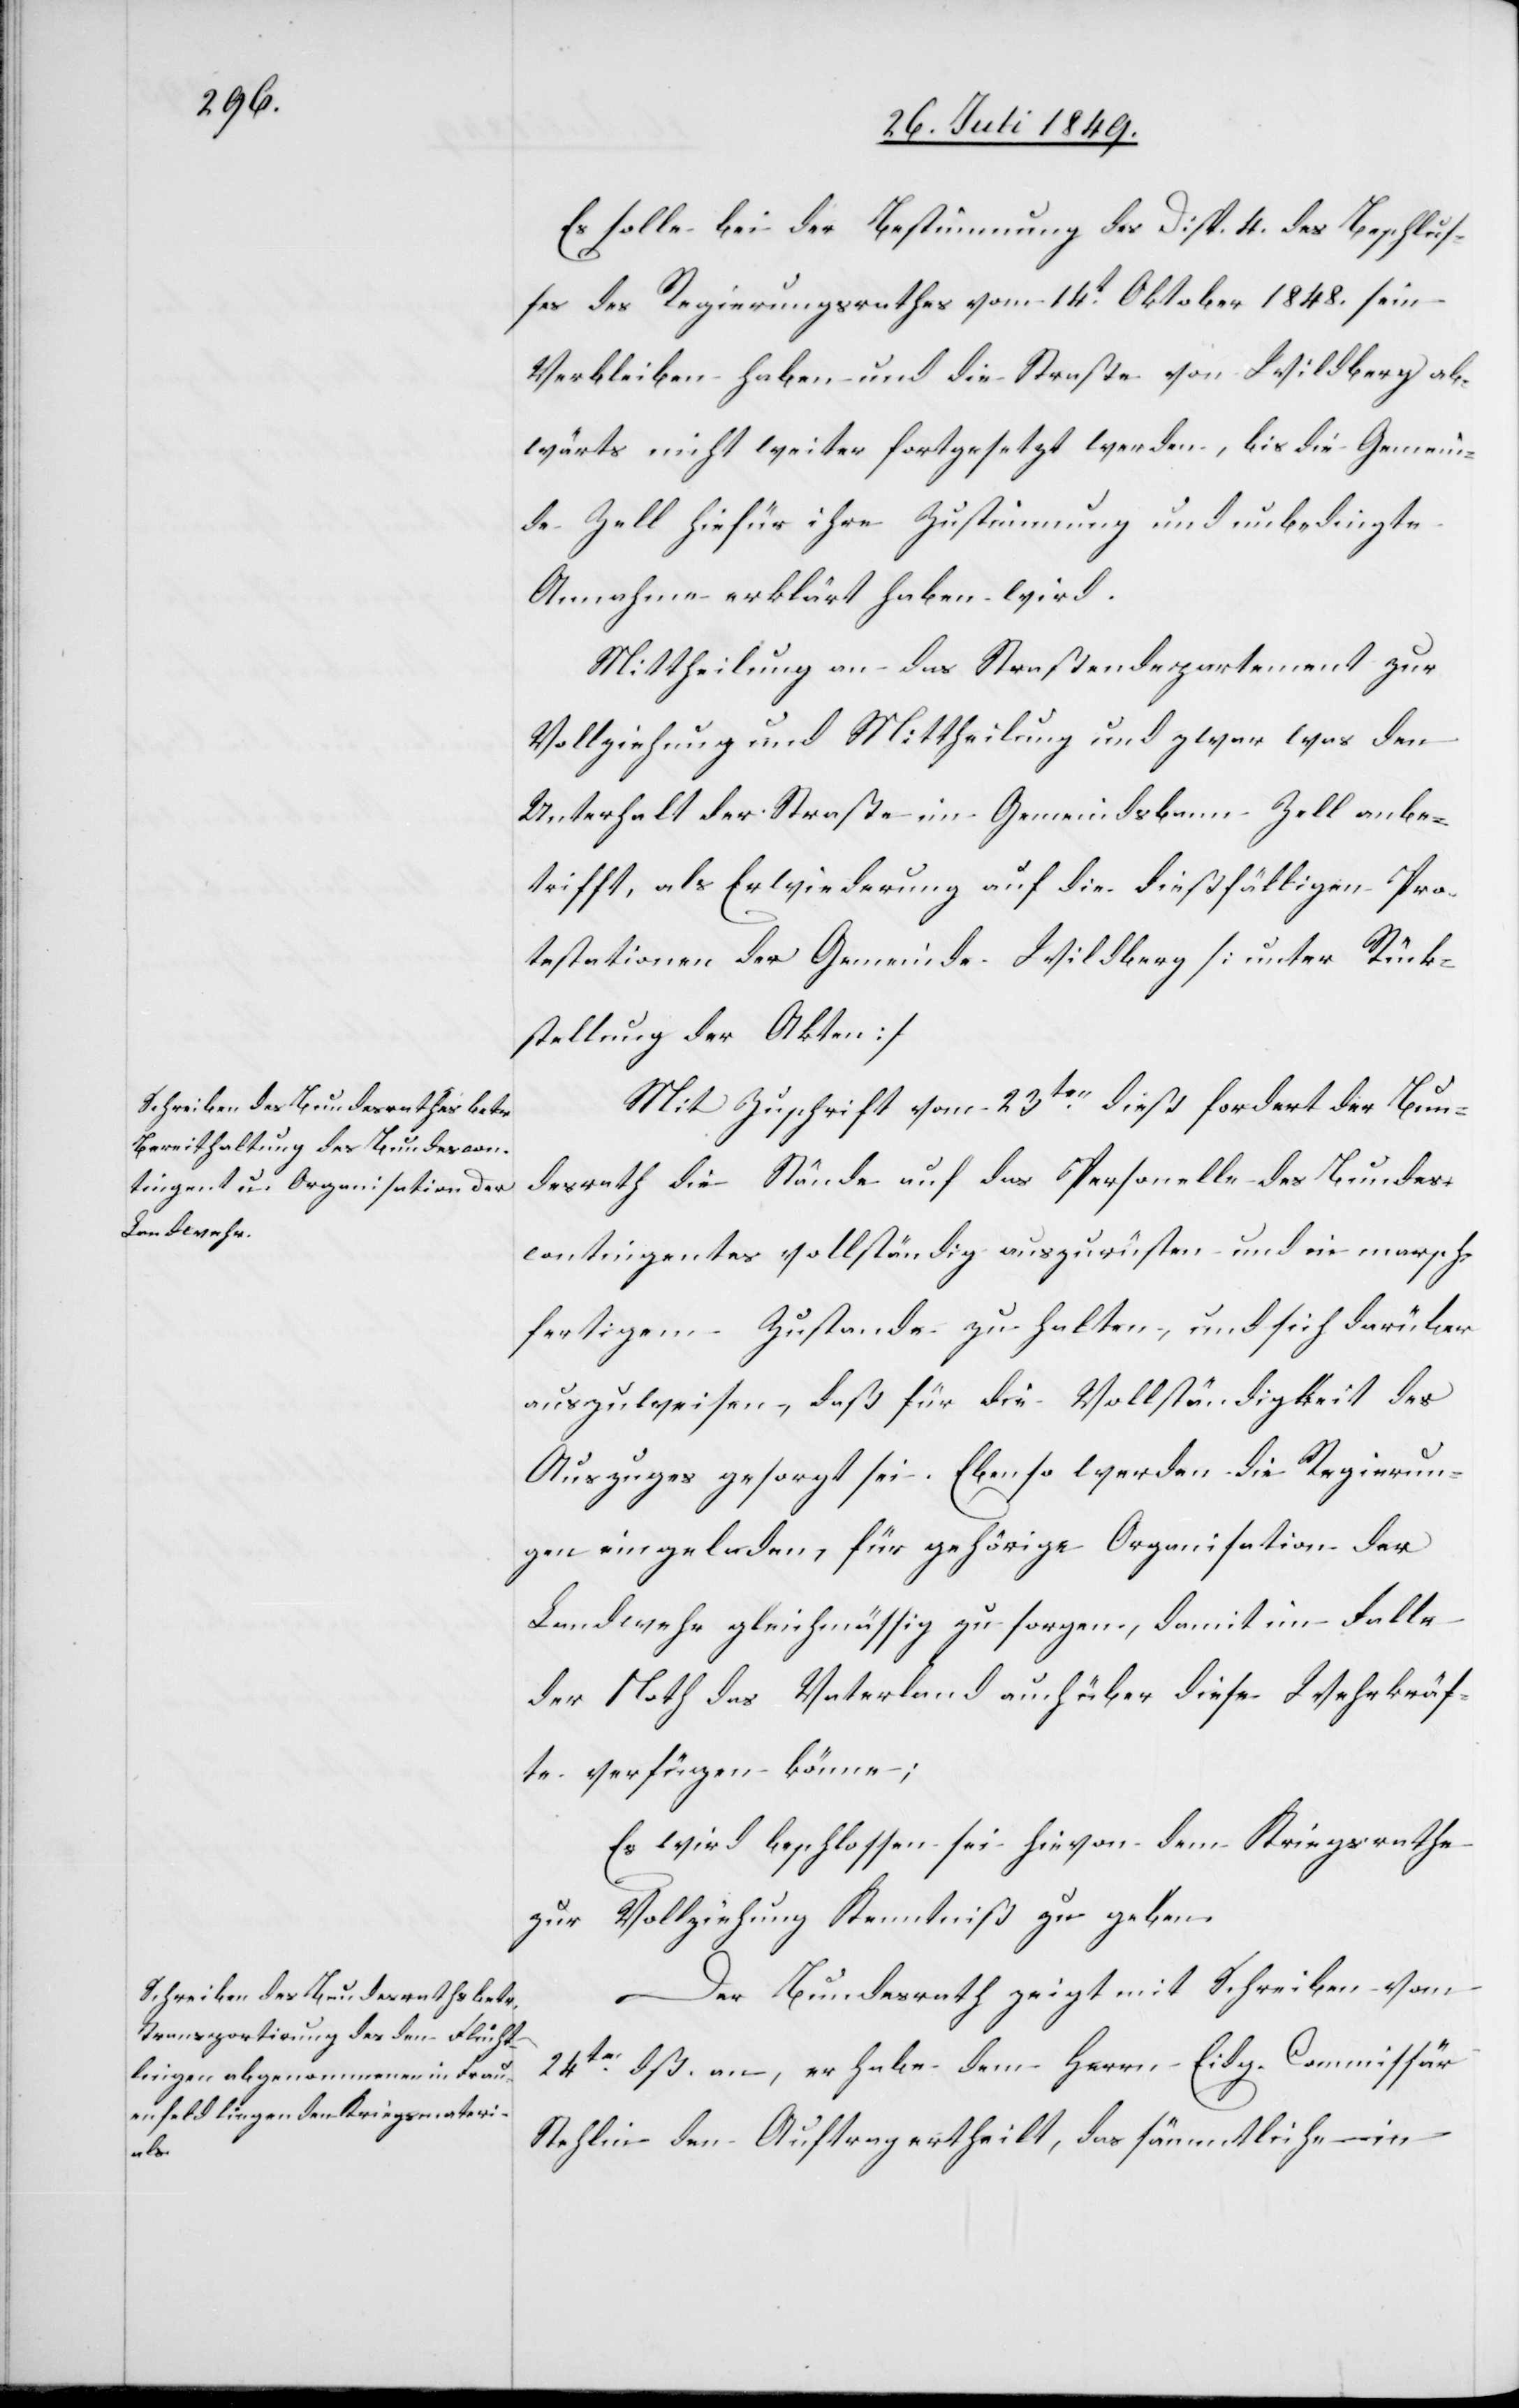
Es solle bei der Bestimmung des Disp. 4. des Beschlus¬
ses des Regierungsrathes vom 14t Oktober 1848. sein
Verbleiben haben und die Straße von Wildberg ab¬
wärts nicht weiter fortgesetzt werden, bis die Gemein¬
de Zell hiefür ihre Zustimmung und unbedingte
Annahme erklärt haben wird.
Mittheilung an das Straßendepartement zur
Vollziehung und Mittheilung und zwar was den
Unterhalt der Straße im Gemeindsbann Zell anbe¬
trifft, als Erwiederung auf die dießfälligen Pro¬
testationen der Gemeinde Wildberg. [unter Rück¬
stellung der Akten]
Mit Zuschrift vom 23ten dieß fordert der Bun¬
desrath die Stände auf das Personelle des Bundes¬
contingentes vollständig auszurüsten und im marsch¬
fertigen Zustande zu halten, und sich darüber
auszuweisen, daß für die Vollständigkeit des
Auszuges gesorgt sei. Ebenso werden die Regierun¬
gen eingeladen, für gehörige Organisation der
Landwehr gleichmässig zu sorgen, damit im Falle
der Noth das Vaterland auch über diese Wehrkräf¬
te verfügen könne;
Es wird beschlossen sei hievon dem Kriegsrathe
zur Vollziehung Kenntniß zu geben.
Der Bundesrath zeigt mit Schreiben vom
24ten dß. an, er habe dem Herrn Eidg. Commissär
Stehlin den Auftrag ertheilt, das sämmtliche in